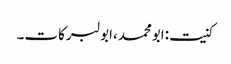
کنیت:ابومحمد،ابولبرکات۔